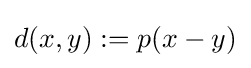
d(x,y):=p(x-y)